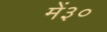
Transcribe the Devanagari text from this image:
में३०